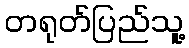
တရုတ်ပြည်သူ့